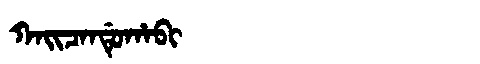
Manchu: ᡴᠠᡳᠴᠠᠨᡩᡠᡥᠠᠪᡳ
Romanization: KAICANDUHABI